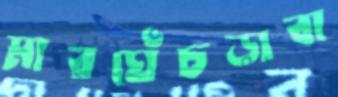
মারঘেঁচড়াবা